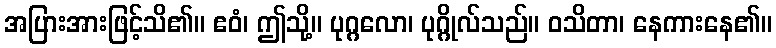
အပြားအားဖြင့်သိ၏။ ဧဝံ၊ ဤသို့။ ပုဂ္ဂလော၊ ပုဂ္ဂိုလ်သည်။ ဝသိတာ၊ နေကားနေ၏။